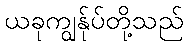
ယခုကျွန်ုပ်တို့သည်